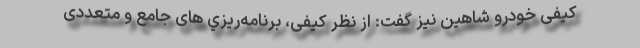
کیفی خودرو شاهین نیز گفت: از نظر کیفی، برنامه‌ريزي های جامع و متعددی